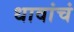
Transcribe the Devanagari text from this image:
धावांचं